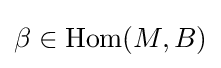
\beta \in \operatorname {Hom} (M,B)